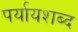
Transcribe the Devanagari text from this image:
पर्यायशब्द